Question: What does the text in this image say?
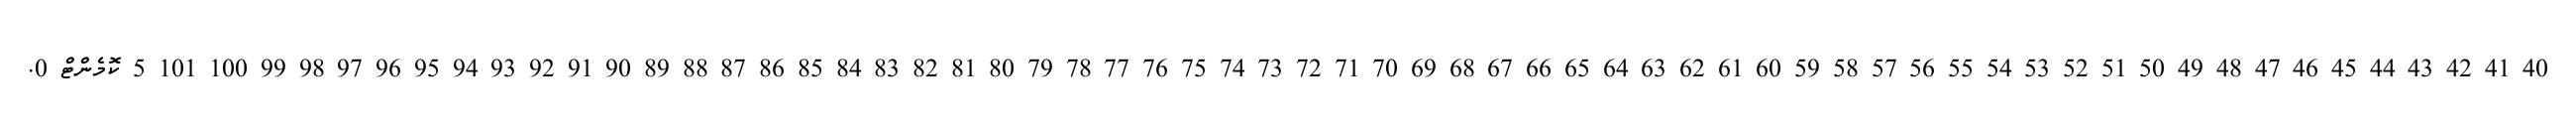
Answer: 40 41 42 43 44 45 46 47 48 49 50 51 52 53 54 55 56 57 58 59 60 61 62 63 64 65 66 67 68 69 70 71 72 73 74 75 76 77 78 79 80 81 82 83 84 85 86 87 88 89 90 91 92 93 94 95 96 97 98 99 100 101 5 ކޮމެންޓް 0.